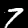
Label: 7